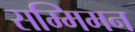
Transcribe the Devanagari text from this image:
सम्मिमन